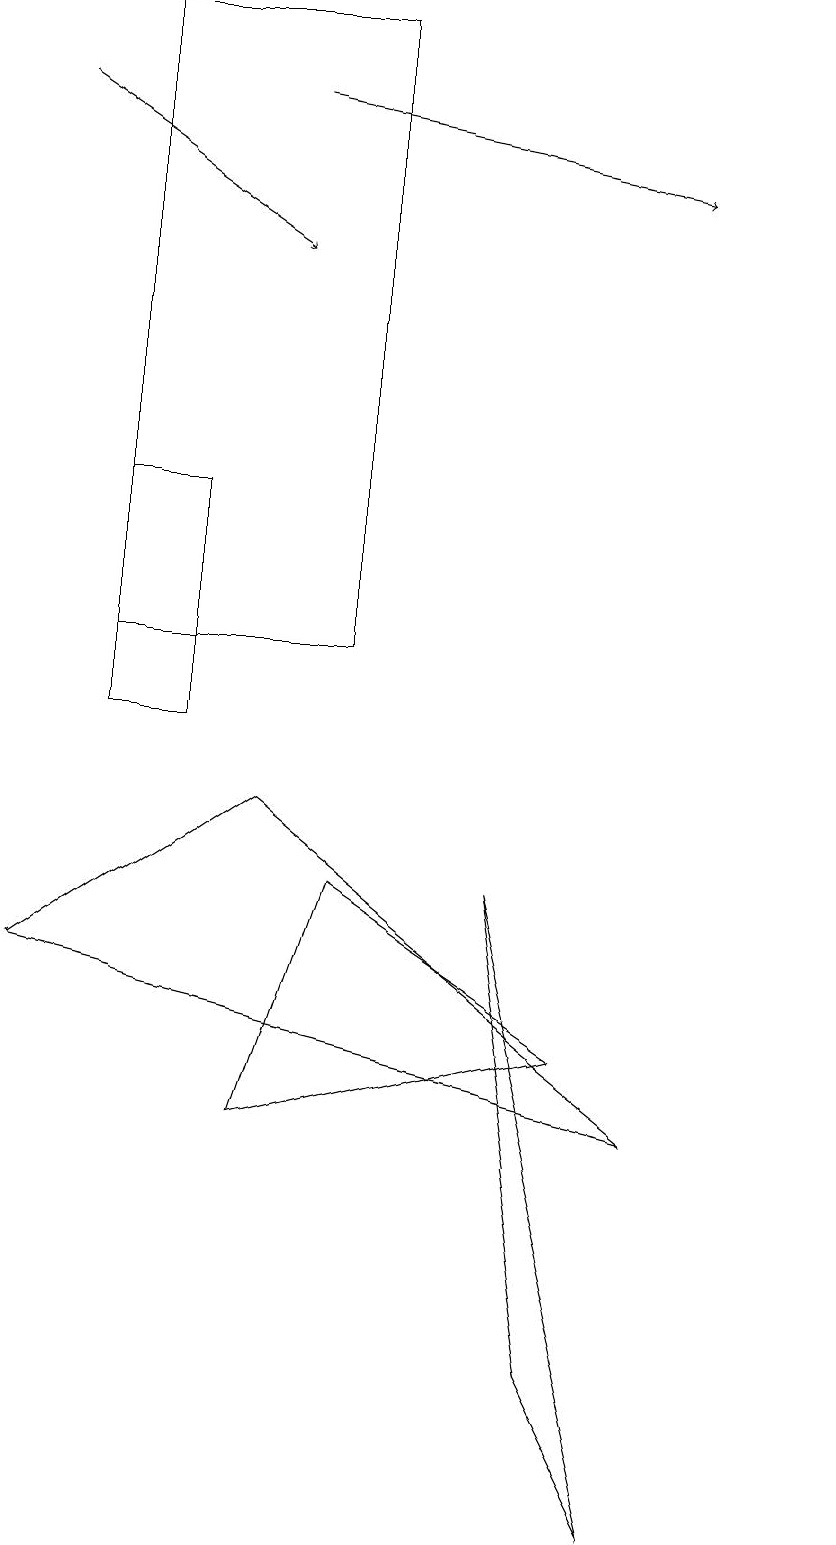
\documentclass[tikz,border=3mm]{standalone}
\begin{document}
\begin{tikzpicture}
\draw (3,13) rectangle (2,10);
\draw (5,19) rectangle (2,11);
\draw (11,11) circle (0);
\draw (8,2) -- (9,0) -- (7,8) -- cycle;
\draw[->] (1,18) -- (4,16);
\draw (9,5) -- (4,9) -- (1,7) -- cycle;
\draw (5,8) -- (8,6) -- (4,5) -- cycle;
\draw[->] (4,18) -- (9,17);
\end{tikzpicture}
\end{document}